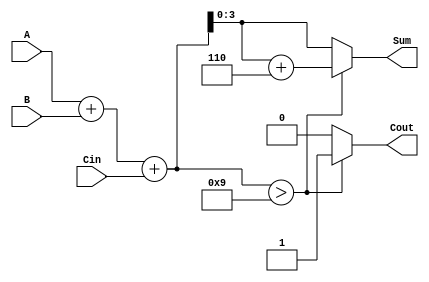
module BCD_Asynchronous_Adder (
    input  [3:0] A,    // First BCD digit
    input  [3:0] B,    // Second BCD digit
    input        Cin,   // Carry-in
    output reg [3:0] Sum, // BCD result of the addition
    output reg Cout      // Carry-out signal
);

    // Internal wire to hold the binary sum
    wire [4:0] binary_sum;

    // Calculate the binary sum of A, B, and Cin
    assign binary_sum = A + B + Cin;

    always @(*) begin
        // Default values
        Sum = 4'b0000;
        Cout = 1'b0;

        // Check if the binary sum exceeds 9
        if (binary_sum > 5'd9) begin
            // Adjust the sum by adding 6
            Sum = binary_sum + 5'd6;
            Cout = 1'b1; // Set carry-out
        end else begin
            Sum = binary_sum[3:0]; // Keep the sum as is
            Cout = 1'b0; // No carry-out
        end
    end

endmodule